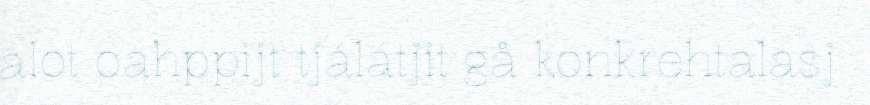
alot oahppijt tjálátjit gå konkrehtalasj